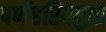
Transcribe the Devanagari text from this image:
पर्णहरितयुक्त